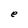
Character: e